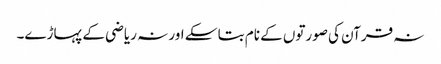
نہ قرآن کی صورتوں کے نام بتا سکے اور نہ ریاضی کے پہاڑے۔